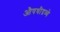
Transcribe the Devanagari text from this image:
औषधीद्रव्ये